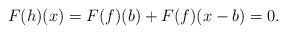
LaTeX: \begin{align*}F(h)(x)=F(f)(b)+F(f)(x-b)=0.\end{align*}